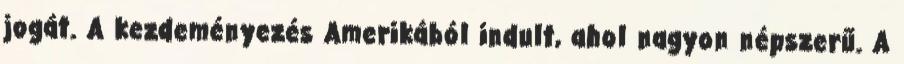
jogát. A kezdeményezés Amerikából indult, ahol nagyon népszerű. A